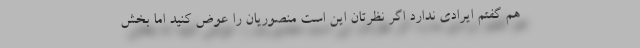
هم گفتم ایرادی ندارد اگر نظرتان این است منصوریان را عوض کنید اما بخش